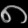
Digit: ၈